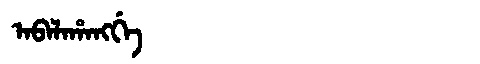
Manchu: ᠠᠪᠠᠯᠠᡥᠠᠩᡤᡝ
Romanization: ABALAHANGGE